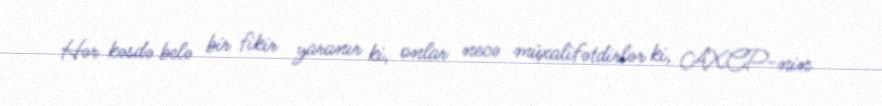
Hər kəsdə belə bir fikir yaranır ki, onlar necə müxalifətdirlər ki, AXCP-nin